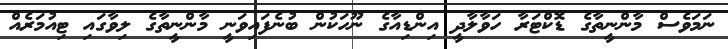
ނަމަވެސް މާންނީތާގެ ޑޮކްޓަރާ ހަވާލާދީ އިންޑިއާގެ ނޫހަކުން ބުނެފައިވަނީ މާންނީތާގެ ލިވާގައި ޓިއުމަރެއް